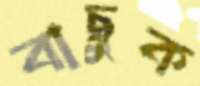
বাছুক